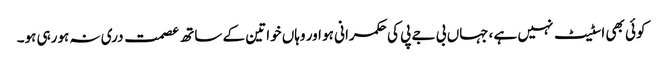
کوئی بھی اسٹیٹ نہیں ہے ،جہاں بی جے پی کی حکمرانی ہو اور وہاں خواتین کے ساتھ عصمت دری نہ ہورہی ہو۔